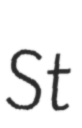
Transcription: St